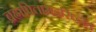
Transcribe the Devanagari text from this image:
ब्रह्मपितामहसिद्धांत